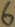
Text: 6